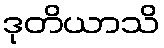
ဒုတိယာသိ